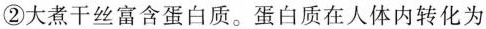
②大煮干丝富含蛋白质。蛋白质在人体内转化为